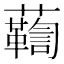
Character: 𧄛